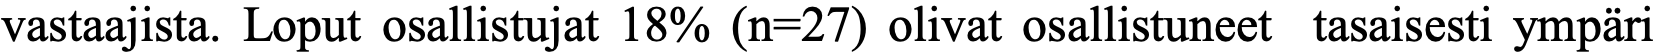
vastaajista. Loput osallistujat 18% (n=27) olivat osallistuneet tasaisesti ympäri